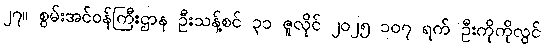
၂၇။ စွမ်းအင်ဝန်ကြီးဌာန ဦးသန့်စင် ၃၁ ဇူလိုင် ၂၀၂၅ ၁၀၇ ရက် ဦးကိုကိုလွင်